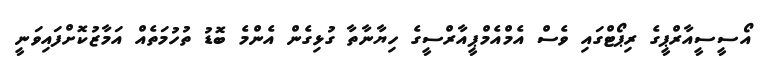
އޯސީސީއާރްޕީގެ ރިޕޯޓްގައި ވެސް އެމްއެމްޕީއާރްސީގެ ހިޔާނާތާ ގުޅިގެން އެންމެ ބޮޑު ތުހުމަތެއް އަމާޒުކޮށްފައިވަނީ